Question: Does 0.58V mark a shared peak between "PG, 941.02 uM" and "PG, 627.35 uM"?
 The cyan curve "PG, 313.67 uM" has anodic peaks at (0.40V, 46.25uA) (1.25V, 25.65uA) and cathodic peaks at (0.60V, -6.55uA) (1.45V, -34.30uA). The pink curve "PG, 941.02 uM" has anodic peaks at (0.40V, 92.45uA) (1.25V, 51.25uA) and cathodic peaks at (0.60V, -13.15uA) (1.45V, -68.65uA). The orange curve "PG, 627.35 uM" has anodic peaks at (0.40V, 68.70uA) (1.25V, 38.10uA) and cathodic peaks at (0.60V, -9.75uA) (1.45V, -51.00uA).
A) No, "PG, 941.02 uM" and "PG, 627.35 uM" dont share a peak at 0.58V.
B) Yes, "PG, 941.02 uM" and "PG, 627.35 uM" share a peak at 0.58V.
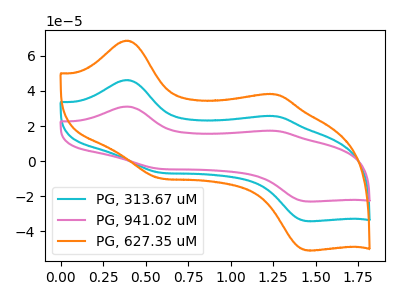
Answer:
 <answer>B) Yes, "PG, 941.02 uM" and "PG, 627.35 uM" share a peak at 0.58V.</answer>
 <eval>B</eval>